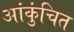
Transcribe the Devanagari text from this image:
आंकुंचित